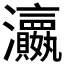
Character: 𱪛